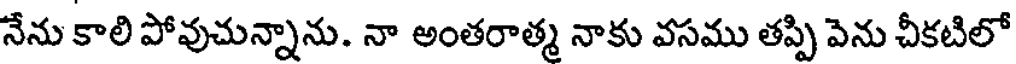
నేను కాలి పోవుచున్నాను. నా అంతరాత్మ నాకు వసము తప్పి వెను చీకటిలో